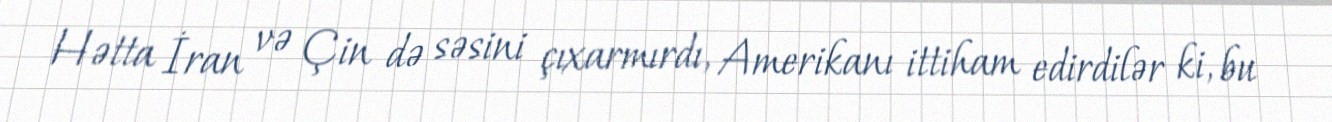
Hətta İran və Çin də səsini çıxarmırdı, Amerikanı ittiham edirdilər ki, bu